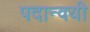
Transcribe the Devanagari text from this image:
पदान्वयी